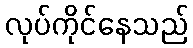
လုပ်ကိုင်နေသည်